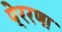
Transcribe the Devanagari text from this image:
पे्ररणा